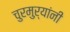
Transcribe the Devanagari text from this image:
चुरमुऱ्यांनी